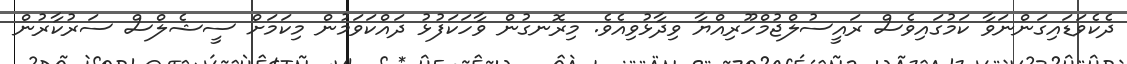
ދެކެވަޑައިގަންނަވާ ކަމުގައިވެސް ރައީސުލްޖުމްހޫރިއްޔާ ވިދާޅުވިއެވެ. މިރޮނގުން ވާހަކަފުޅު ދައްކަވަމުން މިކަމަށް ސީޝެލްސް ސަރުކާރުން